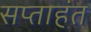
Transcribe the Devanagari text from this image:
सप्‍ताहंत